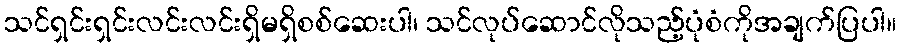
သင်ရှင်းရှင်းလင်းလင်းရှိမရှိစစ်ဆေးပါ၊ သင်လုပ်ဆောင်လိုသည့်ပုံစံကိုအချက်ပြပါ။